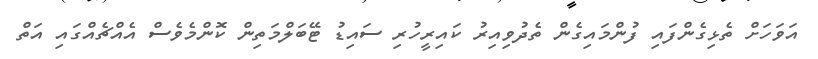
އަވަހަށް ތެޅިގެންފައި ފުންމައިގެން ތެދުވިއިރު ކައިރީހުރި ސައިޑު ޓޭބަލްމަތިން ކޮންމެވެސް އެއްޗެއްގައި އަތް